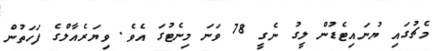
މެޗުގައި ޔުނައިޓެޑުން ލީގު ނެގީ 78 ވަނަ މިނެޓުގަ އެވެ. ވިޔަރެއާލްގެ ފަހަތުން